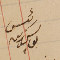
رئيس يوسف زينه